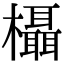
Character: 欇